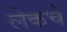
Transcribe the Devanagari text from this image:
लेकचे